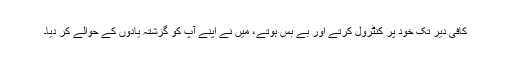
کافی دیر تک خود پر کنٹرول کرتے اور بے بس ہوتے، میں نے اپنے آپ کو گزشتہ یادوں کے حوالے کر دیا۔